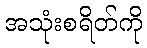
အသုံးစရိတ်ကို